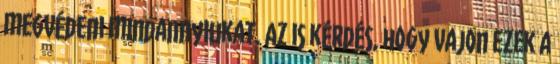
megvédeni mindannyiukat. Az is kérdés, hogy vajon ezek a